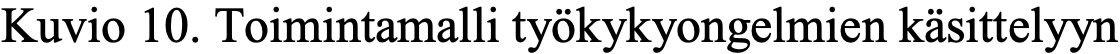
Kuvio 10. Toimintamalli työkykyongelmien käsittelyyn